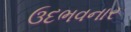
ઉદભવનાર